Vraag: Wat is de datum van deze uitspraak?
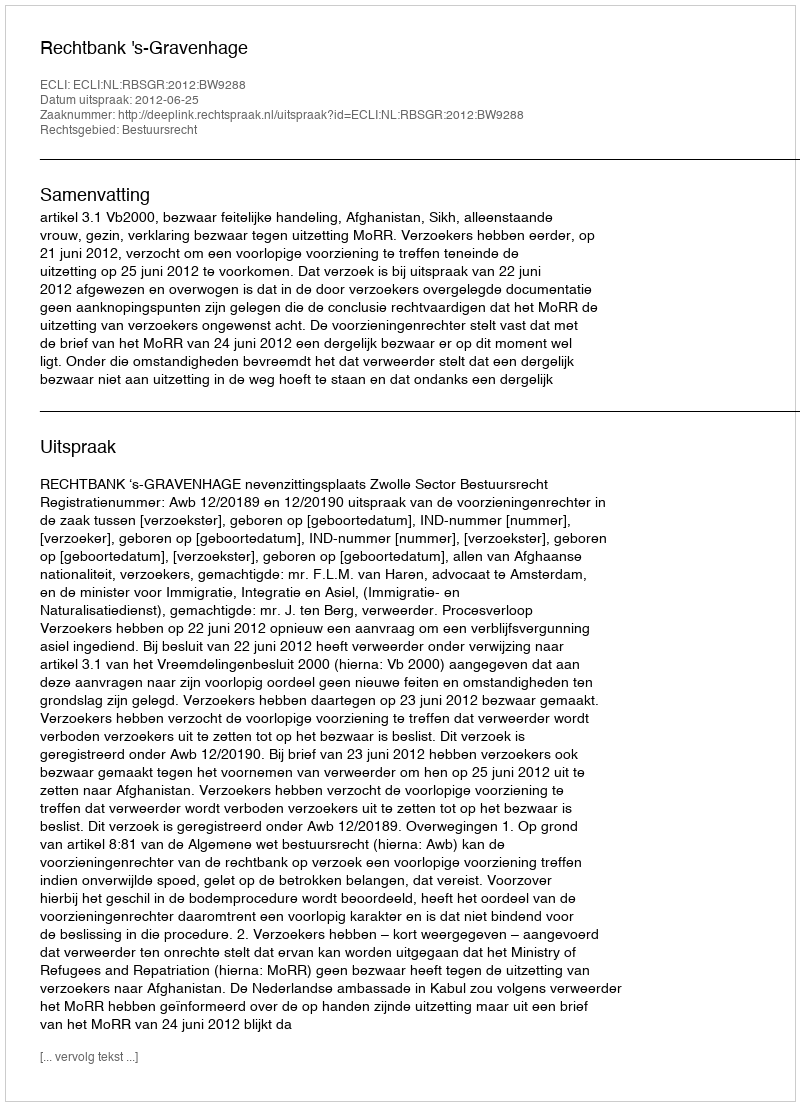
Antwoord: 2012-06-25